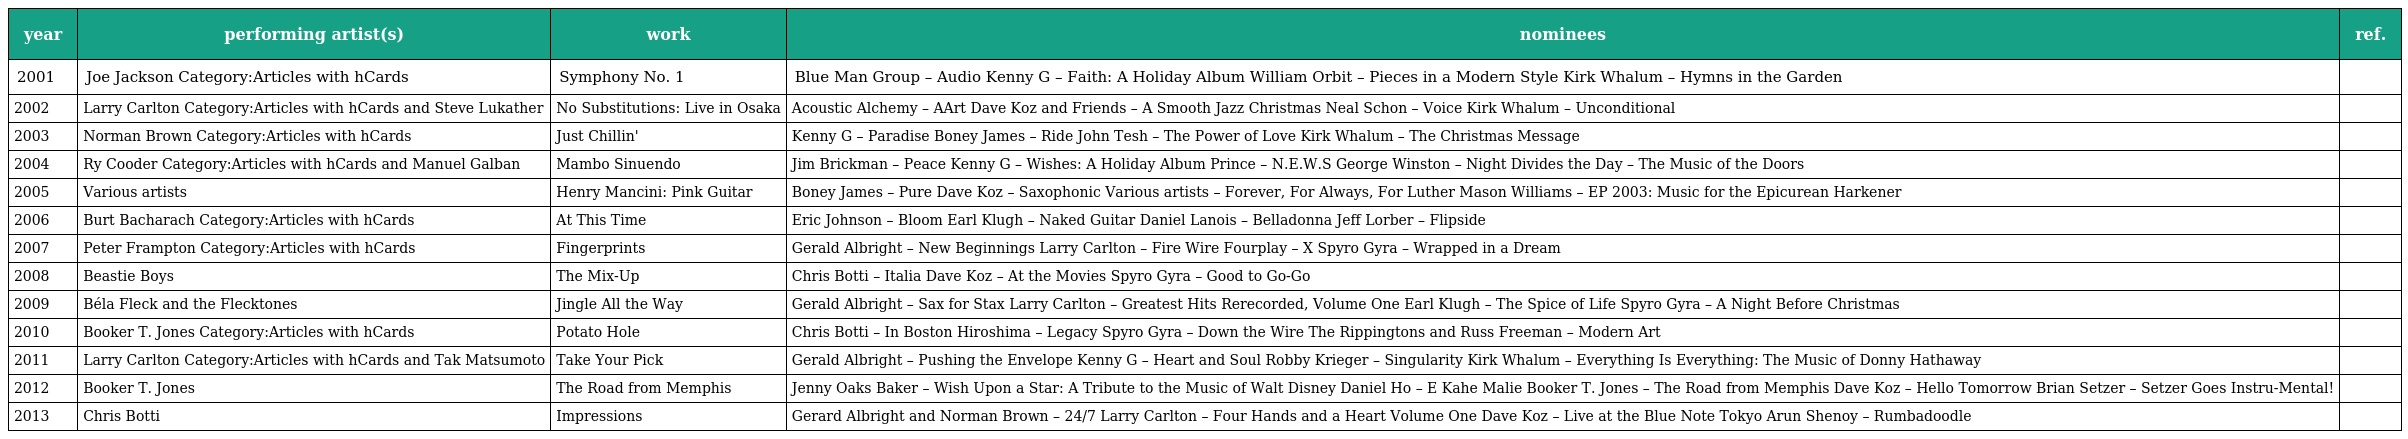
| year | performing artist(s) | work | nominees | ref. |
 | --- | --- | --- | --- | --- |
 | 2001 | Joe Jackson Category:Articles with hCards | Symphony No. 1 | Blue Man Group – Audio Kenny G – Faith: A Holiday Album William Orbit – Pieces in a Modern Style Kirk Whalum – Hymns in the Garden |  |
 | 2002 | Larry Carlton Category:Articles with hCards and Steve Lukather | No Substitutions: Live in Osaka | Acoustic Alchemy – AArt Dave Koz and Friends – A Smooth Jazz Christmas Neal Schon – Voice Kirk Whalum – Unconditional |  |
 | 2003 | Norman Brown Category:Articles with hCards | Just Chillin' | Kenny G – Paradise Boney James – Ride John Tesh – The Power of Love Kirk Whalum – The Christmas Message |  |
 | 2004 | Ry Cooder Category:Articles with hCards and Manuel Galban | Mambo Sinuendo | Jim Brickman – Peace Kenny G – Wishes: A Holiday Album Prince – N.E.W.S George Winston – Night Divides the Day – The Music of the Doors |  |
 | 2005 | Various artists | Henry Mancini: Pink Guitar | Boney James – Pure Dave Koz – Saxophonic Various artists – Forever, For Always, For Luther Mason Williams – EP 2003: Music for the Epicurean Harkener |  |
 | 2006 | Burt Bacharach Category:Articles with hCards | At This Time | Eric Johnson – Bloom Earl Klugh – Naked Guitar Daniel Lanois – Belladonna Jeff Lorber – Flipside |  |
 | 2007 | Peter Frampton Category:Articles with hCards | Fingerprints | Gerald Albright – New Beginnings Larry Carlton – Fire Wire Fourplay – X Spyro Gyra – Wrapped in a Dream |  |
 | 2008 | Beastie Boys | The Mix-Up | Chris Botti – Italia Dave Koz – At the Movies Spyro Gyra – Good to Go-Go |  |
 | 2009 | Béla Fleck and the Flecktones | Jingle All the Way | Gerald Albright – Sax for Stax Larry Carlton – Greatest Hits Rerecorded, Volume One Earl Klugh – The Spice of Life Spyro Gyra – A Night Before Christmas |  |
 | 2010 | Booker T. Jones Category:Articles with hCards | Potato Hole | Chris Botti – In Boston Hiroshima – Legacy Spyro Gyra – Down the Wire The Rippingtons and Russ Freeman – Modern Art |  |
 | 2011 | Larry Carlton Category:Articles with hCards and Tak Matsumoto | Take Your Pick | Gerald Albright – Pushing the Envelope Kenny G – Heart and Soul Robby Krieger – Singularity Kirk Whalum – Everything Is Everything: The Music of Donny Hathaway |  |
 | 2012 | Booker T. Jones | The Road from Memphis | Jenny Oaks Baker – Wish Upon a Star: A Tribute to the Music of Walt Disney Daniel Ho – E Kahe Malie Booker T. Jones – The Road from Memphis Dave Koz – Hello Tomorrow Brian Setzer – Setzer Goes Instru-Mental! |  |
 | 2013 | Chris Botti | Impressions | Gerard Albright and Norman Brown – 24/7 Larry Carlton – Four Hands and a Heart Volume One Dave Koz – Live at the Blue Note Tokyo Arun Shenoy – Rumbadoodle |  |